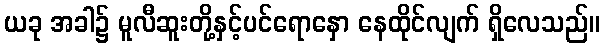
ယခု အခါ၌ မူလီဆူးတို့နှင့်ပင်ရောနှော နေထိုင်လျက် ရှိလေသည်။